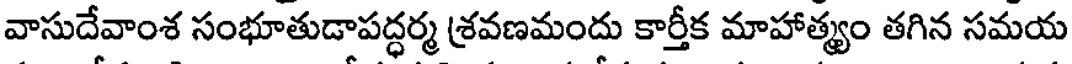
వాసుదేవాంశ సంభూతుడాపద్ధర్మ శ్రవణమందు కార్తీక మాహాత్మ్యం తగిన సమయ